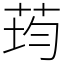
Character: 荺